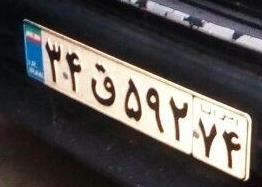
۳۴ق۵۹۲۷۴